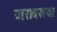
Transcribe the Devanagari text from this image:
जरावसथा